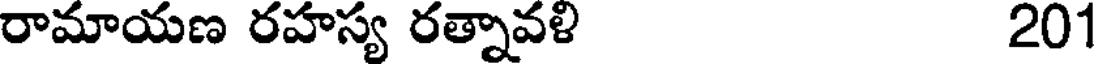
రామాయణ రహస్య రత్నావళి 201